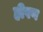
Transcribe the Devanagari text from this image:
हीपण